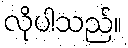
လိုပါသည်။